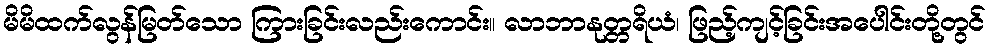
မိမိထက်လွန်မြတ်သော ကြားခြင်းလည်းကောင်း။ လာဘာနုတ္တရိယံ၊ ဖြည့်ကျင့်ခြင်းအပေါင်းတို့တွင်